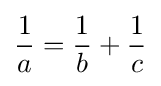
{\frac {1}{a}}={\frac {1}{b}}+{\frac {1}{c}}